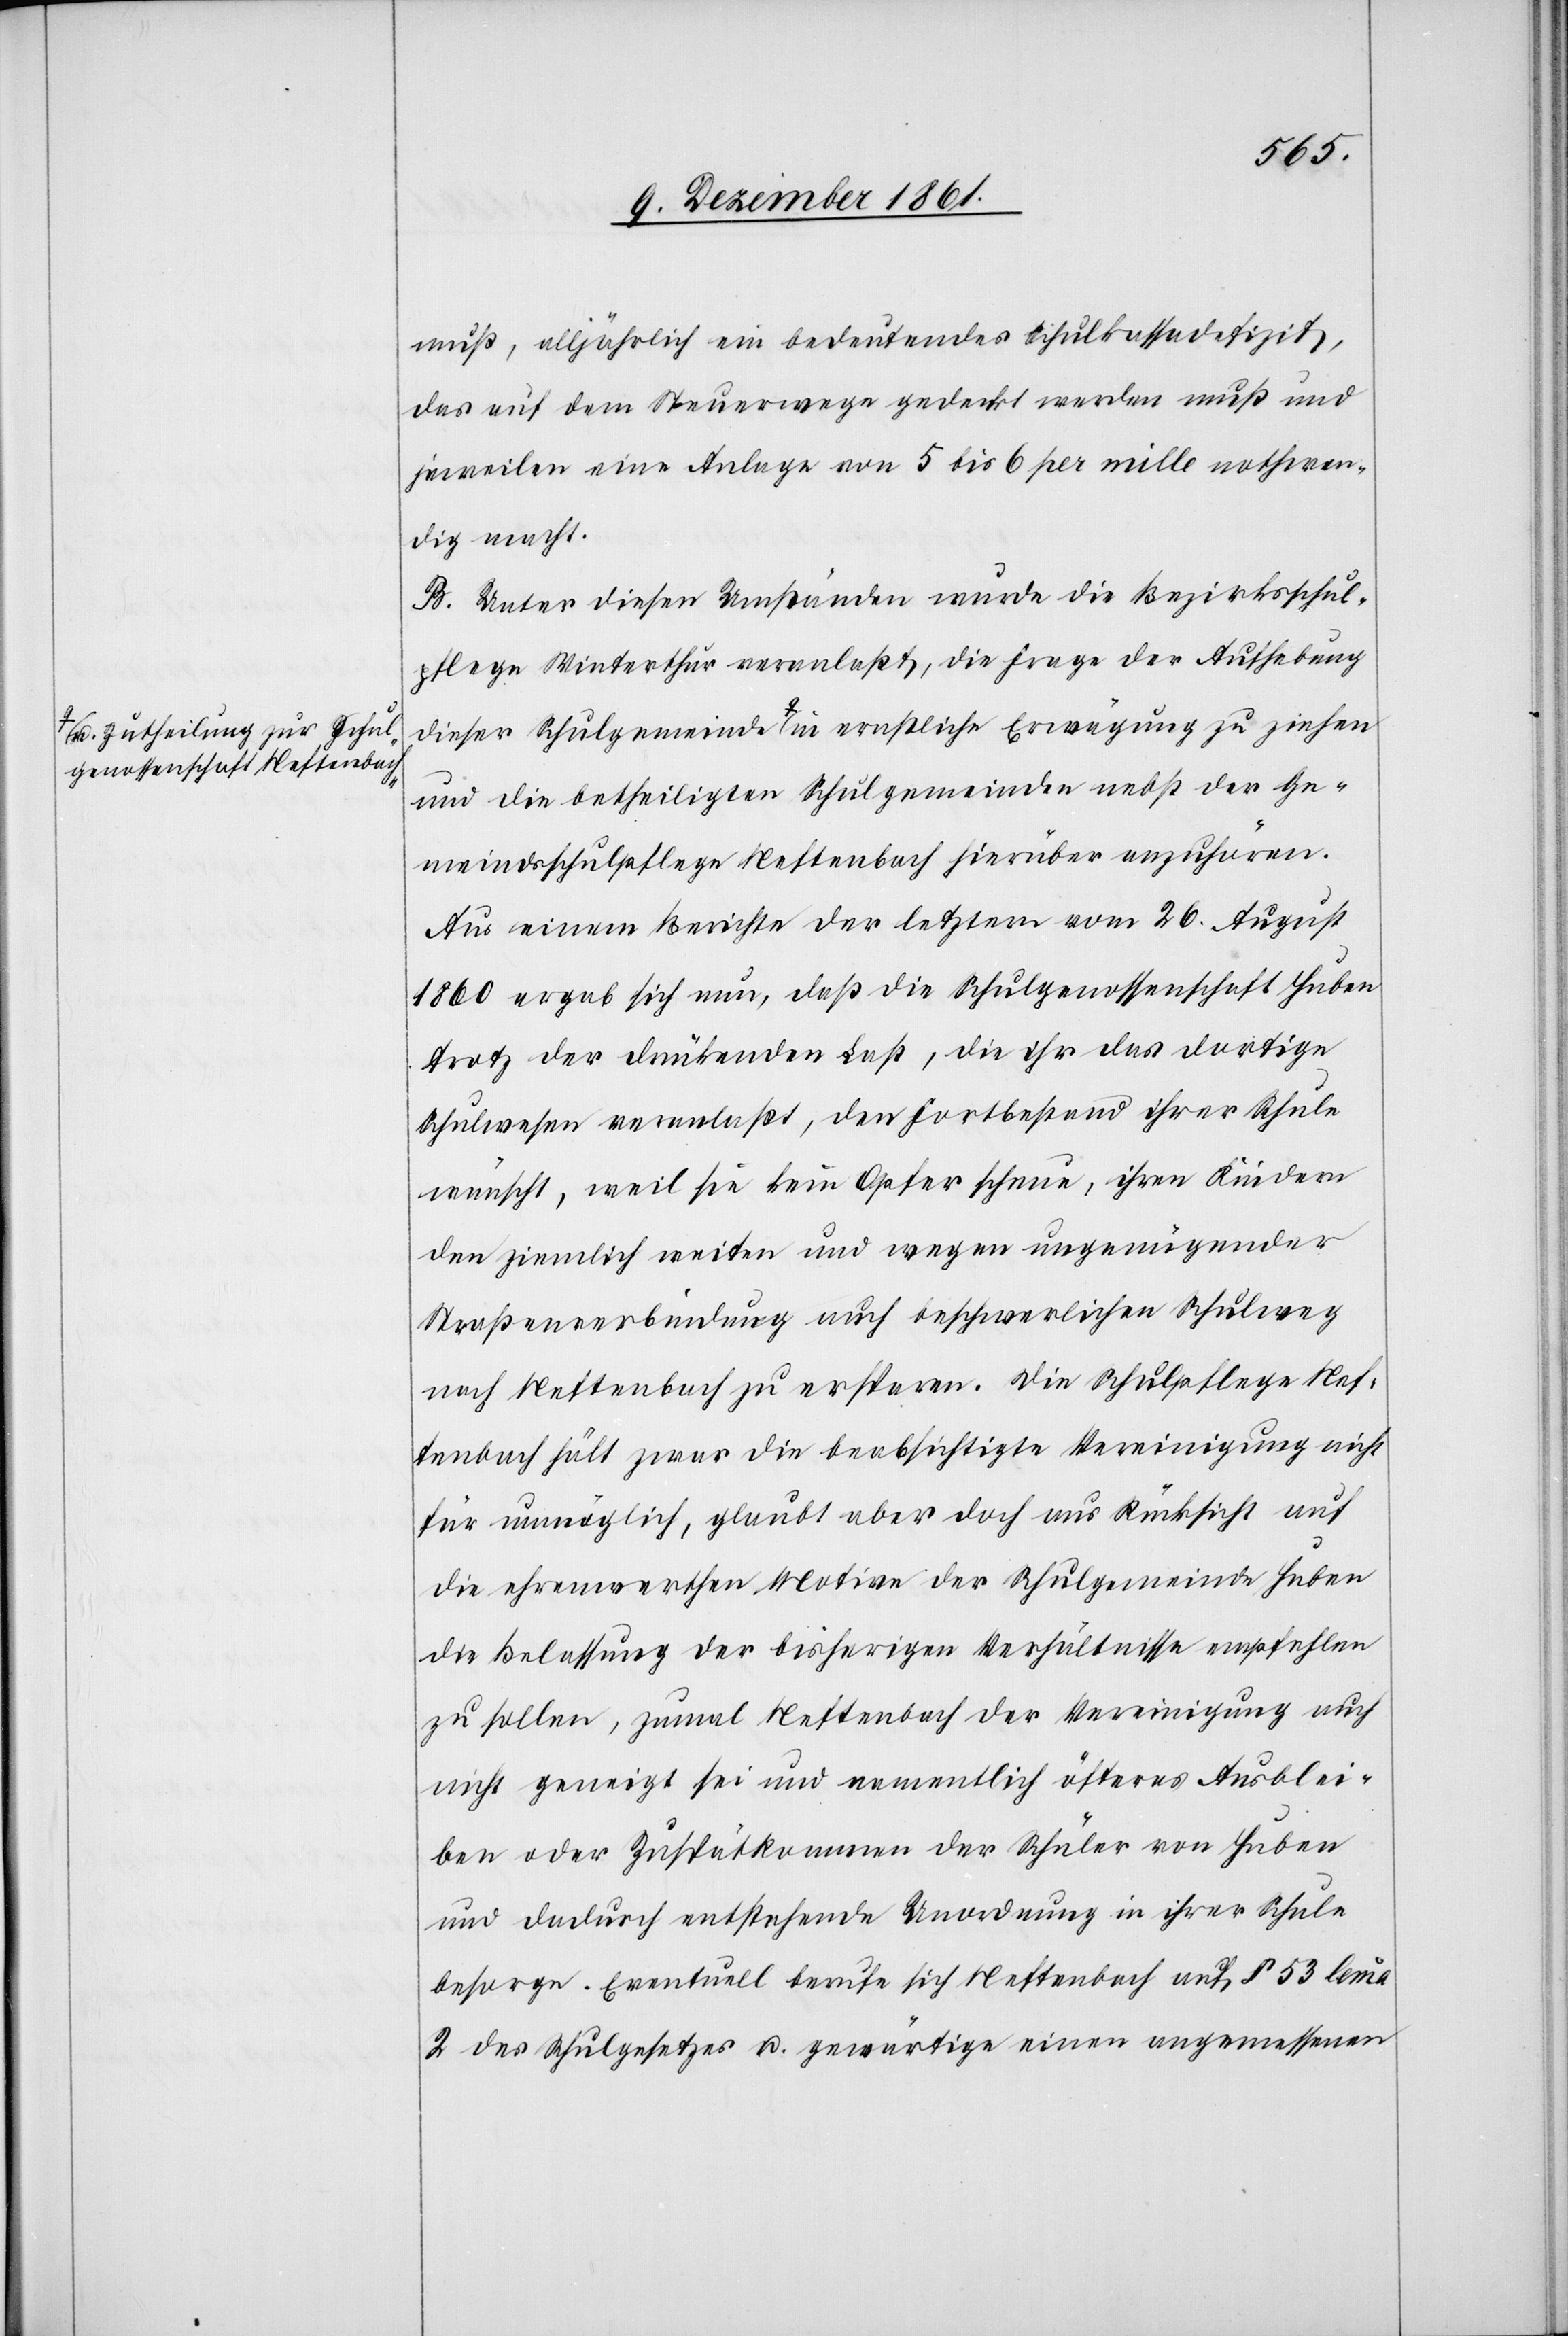
muß, alljährlich ein bedeutendes Schulkassadefizit,
das auf dem Steuerwege gedeckt werden muß und
jeweilen eine Anlage von 5 bis 6 per mille nothwen¬
dig macht.
B. Unter diesen Umständen wurde die Bezirksschul¬
pflege Winterthur veranlaßt, die Frage der Aufhebung
dieser Schulgemeinde a-u. Zutheilung zur Schulgenossenschaft
und die betheiligten Schulgemeinden nebst der Ge¬
meindsschulpflege Neftenbach hierüber anzuhören.
Aus einem Berichte der letztern vom 26 August
1860 ergab sich nun, daß die Schulgenossenschaft Huben
trotz der drückenden Last, die ihr das dortige
Schulwesen veranlaßt, den Fortbestand ihrer Schule
wünscht, weil sie kein Opfer scheue, ihren Kindern
den ziemlich weiten und wegen ungenügender
Straßenverbindung auch beschwerlichen Schulweg
nach Neftenbach zu ersparen. Die Schulpflege Nef¬
tenbach hält zwar die beabsichtigte Vereinigung nicht
für unmöglich, glaubt aber doch aus Rücksicht auf
die ehrenwerthen Motive der Schulgemeinde Huben
die Belassung der bisherigen Verhältnisse empfehlen
zu sollen, zumal Neftenbach der Vereinigung auch
nicht geneigt sei und namentlich öfters Ausblei¬
ben oder Zuspätkommen der Schüler von Huben
und dadurch entstehende Unordnung in ihrer Schule
besorge. Eventuell berufe sich Neftenbach auf § 53 lemma
2 des Schulgesetzes u. gewärtige einen angemessenen